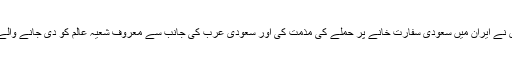
ترکی کے نائب وزیراعظم نعمان کرتلمس نے ایران میں سعودی سفارت خانے پر حملے کی مذمت کی اور سعودی عرب کی جانب سے معروف شعیہ عالم کو دی جانے والے سزائے موت کو بھی تنقید کا نشانہ بنایا۔